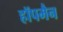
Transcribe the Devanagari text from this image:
हॉपमैन